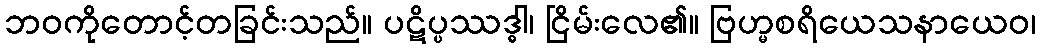
ဘဝကိုတောင့်တခြင်းသည်။ ပဋိပ္ပဿဒ္ဓါ၊ ငြိမ်းလေ၏။ ဗြဟ္မစရိယေသနာယေဝ၊